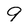
Character: 9